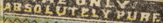
ABSOLUTELY PURE